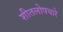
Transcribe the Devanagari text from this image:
शीतलोपचारे